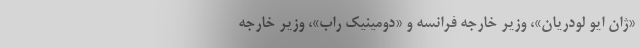
«ژان ایو لودریان»، وزیر خارجه فرانسه و «دومینیک راب»، وزیر خارجه